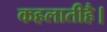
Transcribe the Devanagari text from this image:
कहलातीहै।